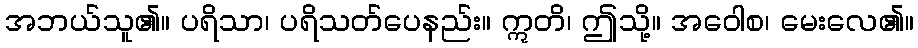
အဘယ်သူ၏။ ပရိသာ၊ ပရိသတ်ပေနည်း။ ဣတိ၊ ဤသို့။ အဝေါစ၊ မေးလေ၏။